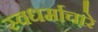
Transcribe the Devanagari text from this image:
स्वधर्माचारे